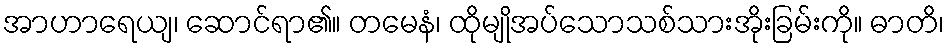
အာဟာရေယျ၊ ဆောင်ရာ၏။ တမေနံ၊ ထိုမျိုအပ်သောသစ်သားအိုးခြမ်းကို။ ဓာတိ၊